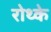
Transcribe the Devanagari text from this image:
रोथ्के